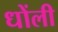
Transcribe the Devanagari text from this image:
धोंली